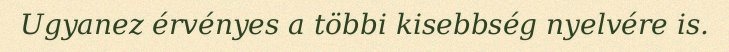
Ugyanez érvényes a többi kisebbség nyelvére is.